Jaan_Tonisson_(Lasteleht), lk 290
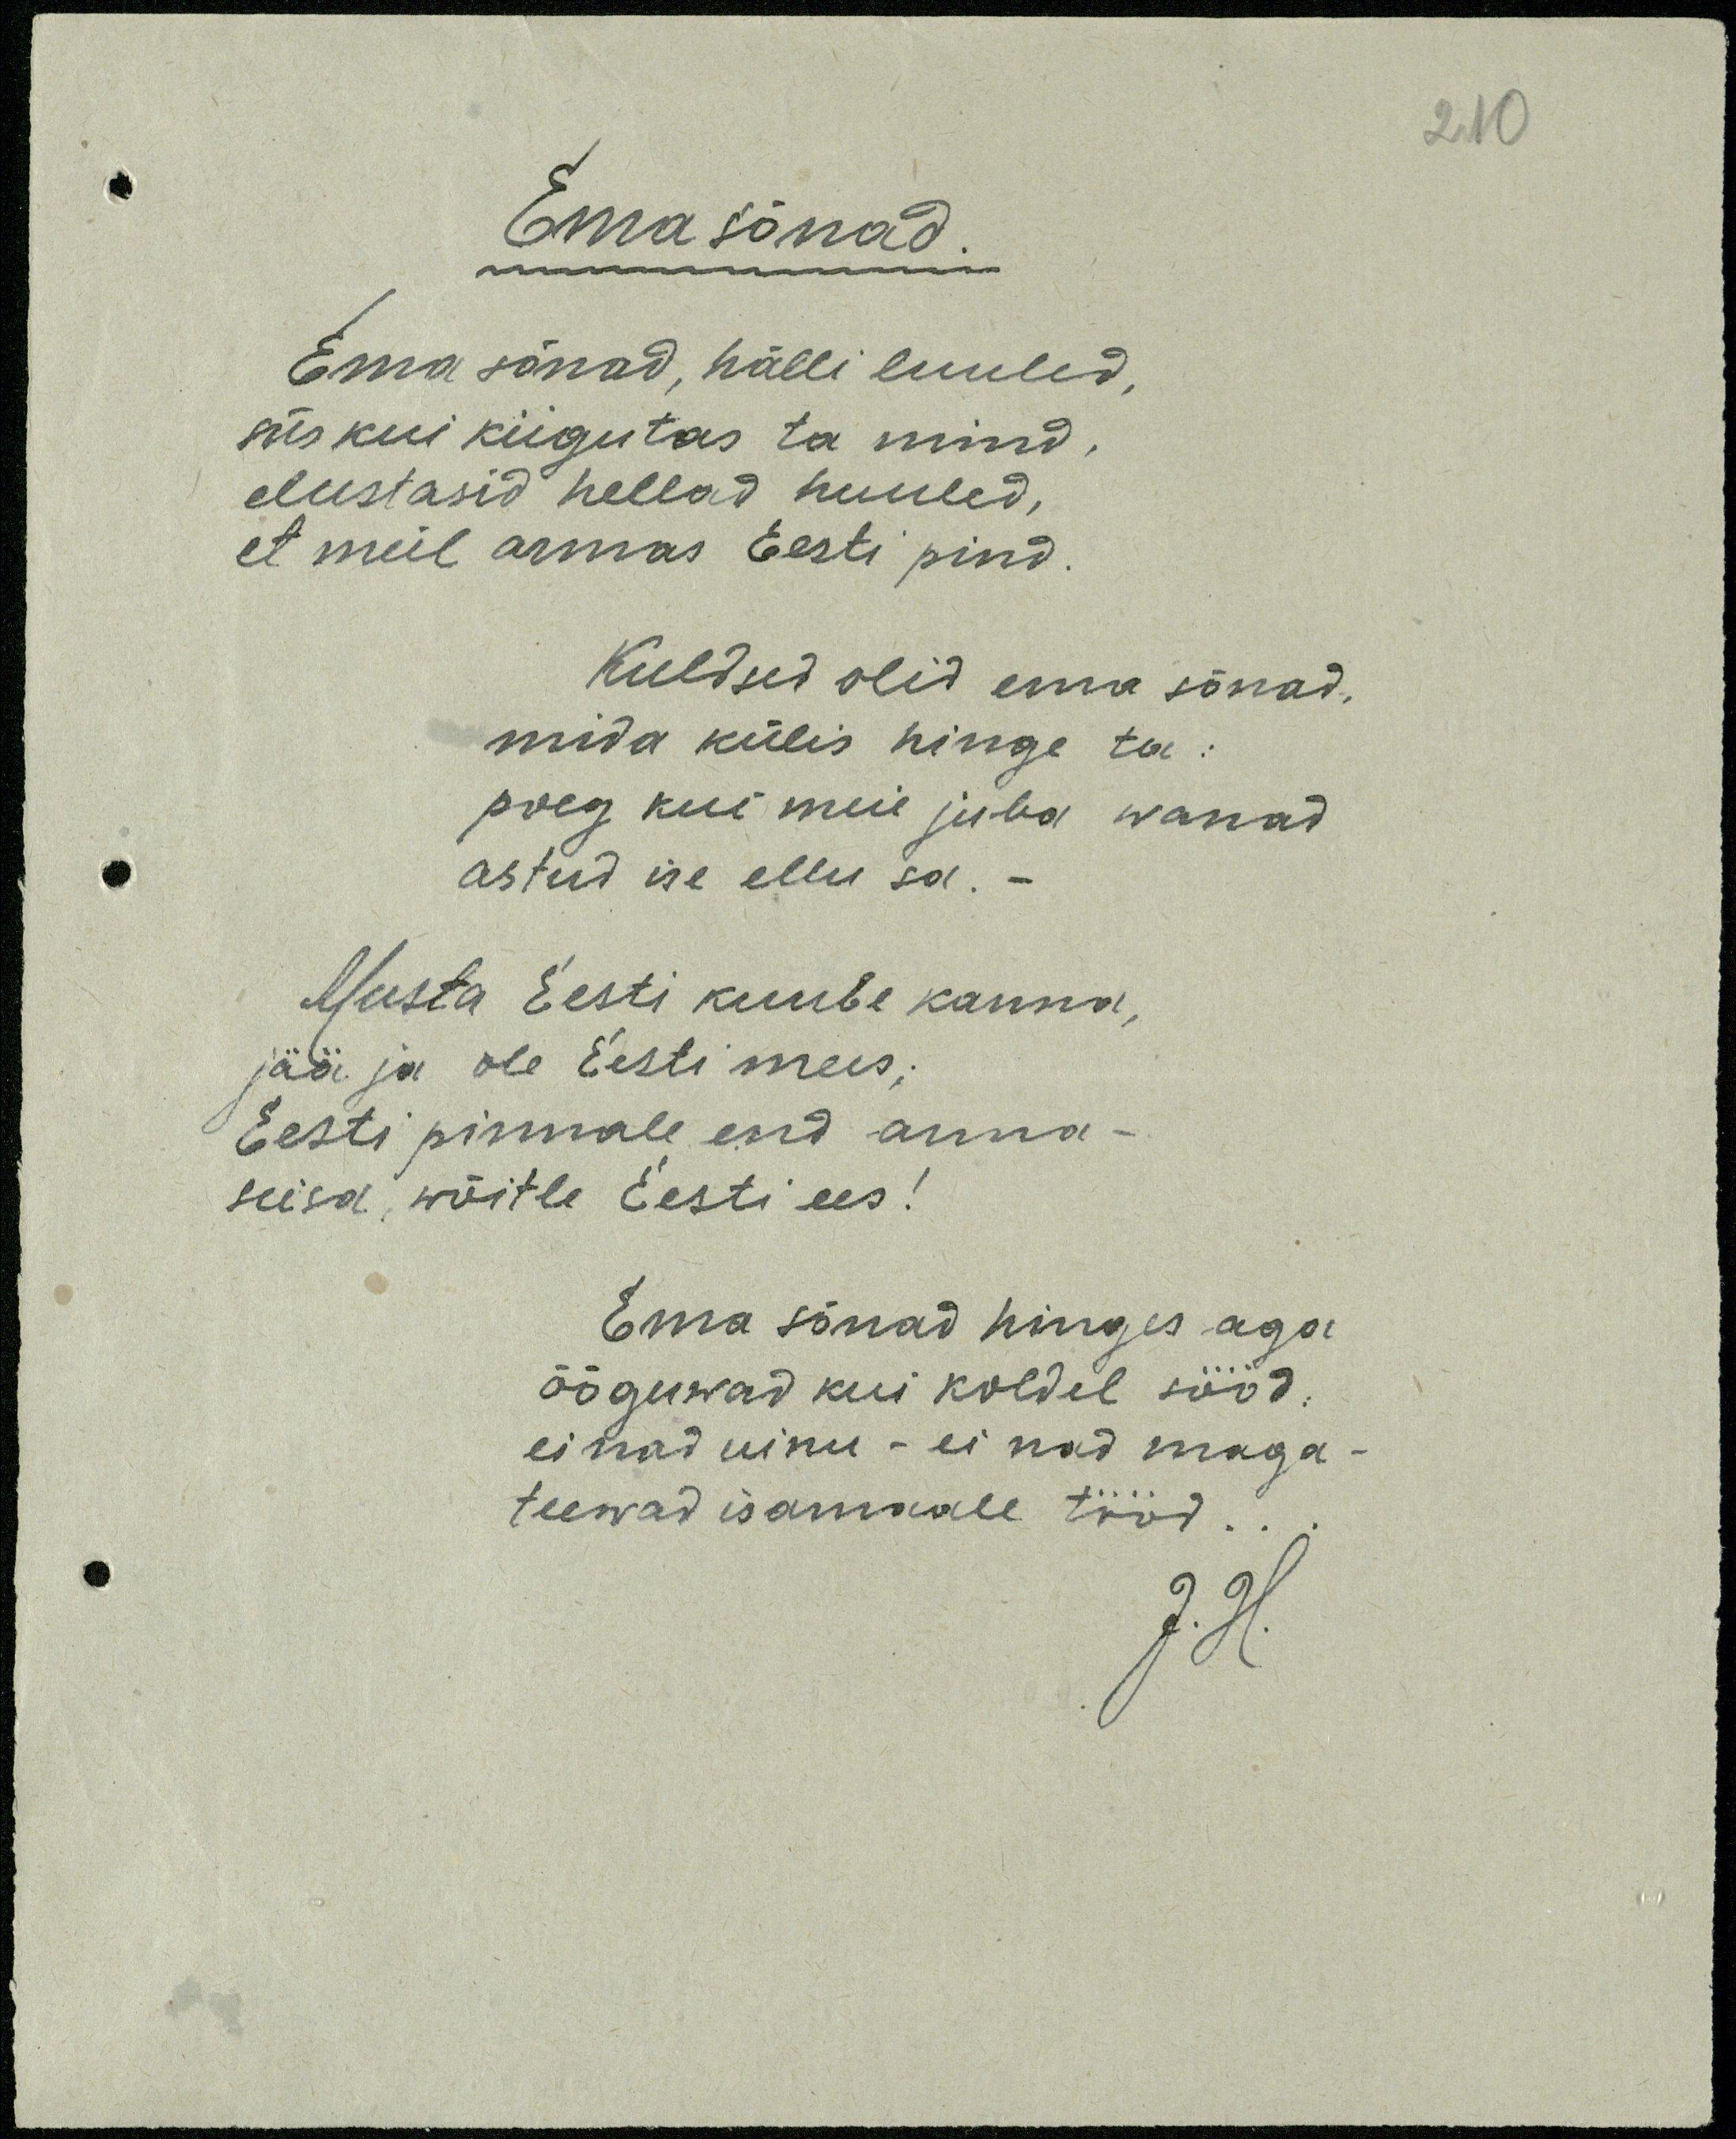
210

Ema sõnad
Ema sõnad, hälli luuled,
siis kui kiigutas ta mind.
elustasid hellad huuled,
et meil armas Eesti pind
Kuldsed olid ema sõnad,
mida külis hinge ta:
poeg kui meie juba wanad
astud ise ellu sa. -
Musta Eesti kuube kanna,
jää ja ole Eesti mees;
Eesti pinnale end anna-
seisa, wõitle Eesti ees!
Ema sõnad hinges aga
õõguwad kui koldel sööd.
ei nad uinu - ei nad maga -
teewad isamaale tööd.
J. H.